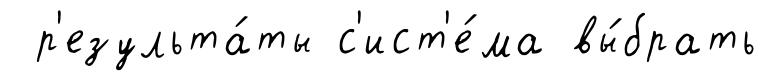
р'езульта́ты с'ист'е́ма вы́брать